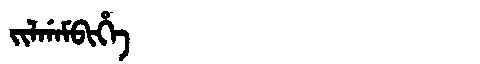
Manchu: ᠵᡳᠯᡤᠠᠮᠪᡳᡥᡝ
Romanization: JILGAMBIHE